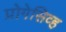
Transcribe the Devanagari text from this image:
प्रोगेसिव्ह